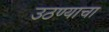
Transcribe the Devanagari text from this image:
उठण्याचा